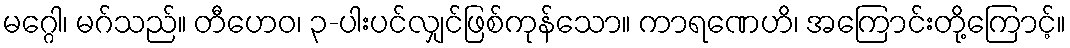
မဂ္ဂေါ၊ မဂ်သည်။ တီဟေဝ၊ ၃-ပါးပင်လျှင်ဖြစ်ကုန်သော။ ကာရဏေဟိ၊ အကြောင်းတို့ကြောင့်။